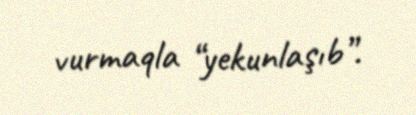
vurmaqla “yekunlaşıb”.